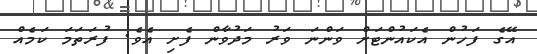
އޭގެ ފަހުން އެކައުންޓަށް ވަންނަ ވަރު މަދުވާން ފެށި އެވެ. ފުރަތަަމަ ކަމެއް